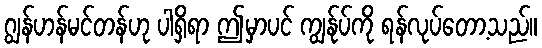
ဂျွန်ဟန်မင်တန်ဟု ပါရှိရာ ဤမှာပင် ကျွန်ုပ်ကို ရန်လုပ်တော့သည်။